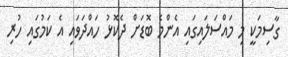
ގާސިމަކީ މި މައްސަލައިގައި އެންމެ ބޮޑަށް ދެކޮޅު ހައްދަވައި އެ ކަމުގައި ހުރި